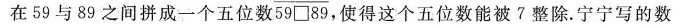
在59与89之间拼成一个五位数59 \Box 89，使得这个五位数能被七整除.宁宁写的数